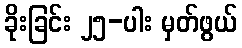
ခိုးခြင်း ၂၅-ပါး မှတ်ဖွယ်